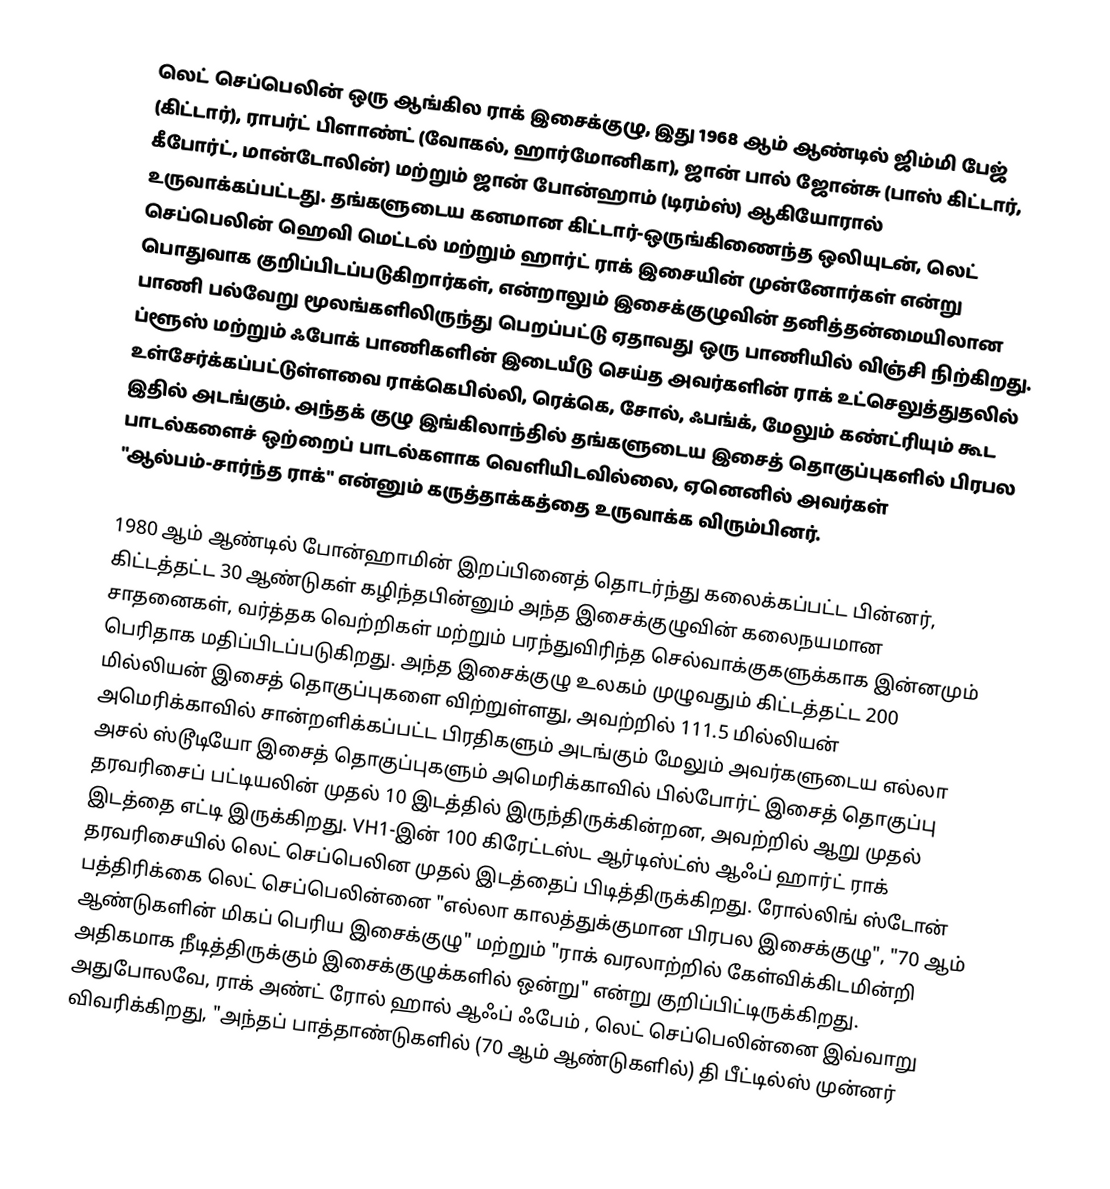
லெட் செப்பெலின் ஒரு ஆங்கில ராக் இசைக்குழு, இது 1968 ஆம் ஆண்டில் ஜிம்மி பேஜ் (கிட்டார்), ராபர்ட் பிளாண்ட் (வோகல், ஹார்மோனிகா), ஜான் பால் ஜோன்சு (பாஸ் கிட்டார், கீபோர்ட், மான்டோலின்) மற்றும் ஜான் போன்ஹாம் (டிரம்ஸ்) ஆகியோரால் உருவாக்கப்பட்டது. தங்களுடைய கனமான கிட்டார்-ஒருங்கிணைந்த ஒலியுடன், லெட் செப்பெலின் ஹெவி மெட்டல் மற்றும் ஹார்ட் ராக் இசையின் முன்னோர்கள் என்று பொதுவாக குறிப்பிடப்படுகிறார்கள், என்றாலும் இசைக்குழுவின் தனித்தன்மையிலான பாணி பல்வேறு மூலங்களிலிருந்து பெறப்பட்டு ஏதாவது ஒரு பாணியில் விஞ்சி நிற்கிறது. ப்ளூஸ் மற்றும் ஃபோக் பாணிகளின் இடையீடு செய்த அவர்களின் ராக் உட்செலுத்துதலில் உள்சேர்க்கப்பட்டுள்ளவை ராக்கெபில்லி, ரெக்கெ, சோல், ஃபங்க், மேலும் கண்ட்ரியும் கூட இதில் அடங்கும். அந்தக் குழு இங்கிலாந்தில் தங்களுடைய இசைத் தொகுப்புகளில் பிரபல பாடல்களைச் ஒற்றைப் பாடல்களாக வெளியிடவில்லை, ஏனெனில் அவர்கள் "ஆல்பம்-சார்ந்த ராக்" என்னும் கருத்தாக்கத்தை உருவாக்க விரும்பினர்.

1980 ஆம் ஆண்டில் போன்ஹாமின் இறப்பினைத் தொடர்ந்து கலைக்கப்பட்ட பின்னர், கிட்டத்தட்ட 30 ஆண்டுகள் கழிந்தபின்னும் அந்த இசைக்குழுவின் கலைநயமான சாதனைகள், வர்த்தக வெற்றிகள் மற்றும் பரந்துவிரிந்த செல்வாக்குகளுக்காக இன்னமும் பெரிதாக மதிப்பிடப்படுகிறது. அந்த இசைக்குழு உலகம் முழுவதும் கிட்டத்தட்ட 200 மில்லியன் இசைத் தொகுப்புகளை விற்றுள்ளது, அவற்றில் 111.5 மில்லியன் அமெரிக்காவில் சான்றளிக்கப்பட்ட பிரதிகளும் அடங்கும் மேலும் அவர்களுடைய எல்லா அசல் ஸ்டூடியோ இசைத் தொகுப்புகளும் அமெரிக்காவில் பில்போர்ட் இசைத் தொகுப்பு தரவரிசைப் பட்டியலின் முதல் 10 இடத்தில் இருந்திருக்கின்றன, அவற்றில் ஆறு முதல் இடத்தை எட்டி இருக்கிறது. VH1-இன் 100 கிரேட்டஸ்ட ஆர்டிஸ்ட்ஸ் ஆஃப் ஹார்ட் ராக் தரவரிசையில் லெட் செப்பெலின முதல் இடத்தைப் பிடித்திருக்கிறது. ரோல்லிங் ஸ்டோன் பத்திரிக்கை லெட் செப்பெலின்னை "எல்லா காலத்துக்குமான பிரபல இசைக்குழு", "70 ஆம் ஆண்டுகளின் மிகப் பெரிய இசைக்குழு" மற்றும் "ராக் வரலாற்றில் கேள்விக்கிடமின்றி அதிகமாக நீடித்திருக்கும் இசைக்குழுக்களில் ஒன்று" என்று குறிப்பிட்டிருக்கிறது. அதுபோலவே, ராக் அண்ட் ரோல் ஹால் ஆஃப் ஃபேம் , லெட் செப்பெலின்னை இவ்வாறு விவரிக்கிறது, "அந்தப் பாத்தாண்டுகளில் (70 ஆம் ஆண்டுகளில்) தி பீட்டில்ஸ் முன்னர்